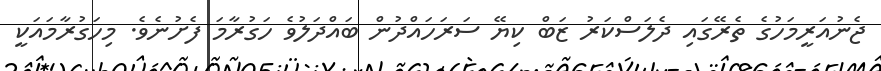
ޖެނުއަރީމަހުގެ ތެރޭގައި ދެލަސްކަރު ޒަބް ކިޔޭ ސަރަހައްދުން ބައްދަލުވެ ހަގުރާމަ ފެށުނެވެ. މިހަގުރާމައަކީ